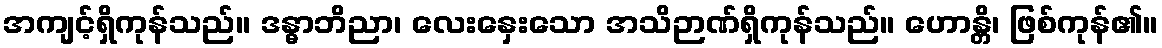
အကျင့်ရှိကုန်သည်။ ဒန္ဓာဘိညာ၊ လေးနှေးသော အသိဉာဏ်ရှိကုန်သည်။ ဟောန္တိ၊ ဖြစ်ကုန်၏။